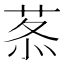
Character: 𦰍